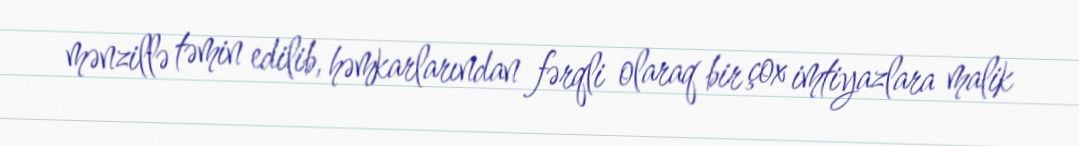
mənzillə təmin edilib, həmkarlarından fərqli olaraq bir çox imtiyazlara malik